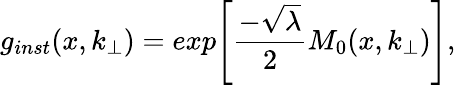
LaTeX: g_{inst}(x,k_{\perp})=exp{\left[\frac{-\sqrt{\lambda}}{2}M_{0}(x,k_{\perp})\right]},